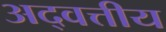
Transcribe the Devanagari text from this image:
अद्वत्तीय